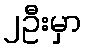
၂ဦးမှာ